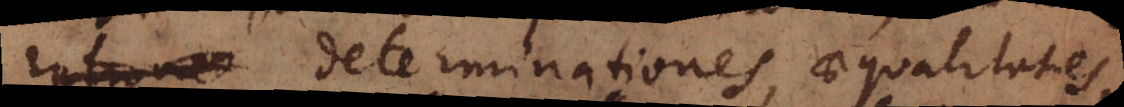
rationes determinationes, aequalitates,